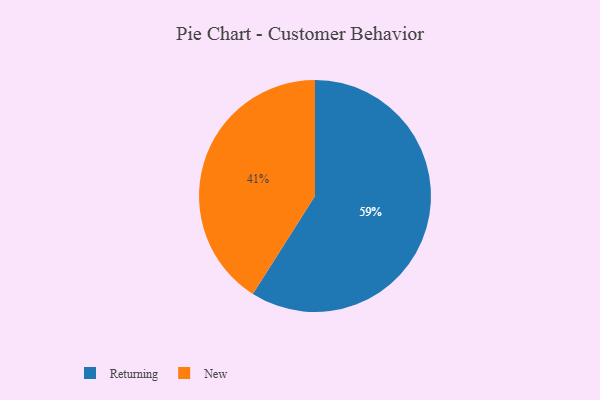
{"axis": {"x": "Category", "y": "Percentage"}, "legend": ["New", "Returning"], "data": [{"x": "Returning", "y": 59, "type": "Returning"}, {"x": "New", "y": 41, "type": "New"}]}